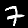
Digit: 7